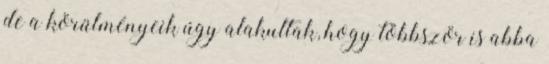
de a körülményeik úgy alakultak, hogy többször is abba